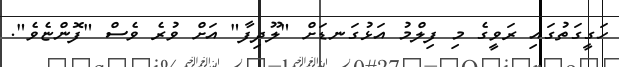
ހަގީގަތުގައި ރަވީގެ މި ފިލްމު އަޅުގަނޑަށް "ލޫދިފާ" އަށް ވުރެ ވެސް "ފޮންޏެވެ".